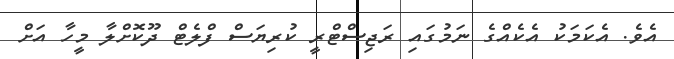
އެވެ. އެކަމަކު އެކެއްގެ ނަމުގައި ރަޖިސްޓްރީ ކުރިޔަސް ފްލެޓް ދޫކޮށްލާ މީހާ އަށް